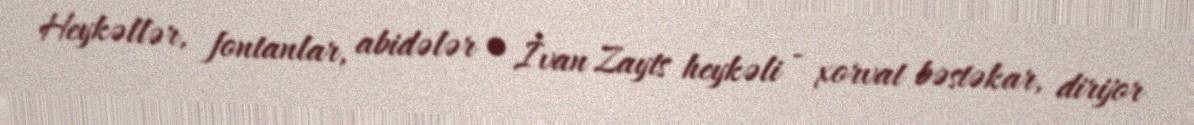
Heykəllər, fontanlar, abidələr • İvan Zayts heykəli - xorvat bəstəkar, dirijor